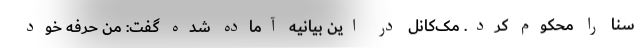
سنا را محکوم کرد. مک‌کانل در این بیانیه آماده شده گفت: من حرفه خود